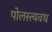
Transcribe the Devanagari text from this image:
पोलस्त्यवध